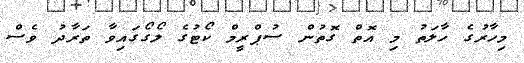
މިހާރުގެ ހާލަތު މި އޮތް ގޮތުން ސުޕްރީމް ކޯޓުގެ ލޯގޯގައިވާ ތަރާދު ވެސް